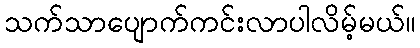
သက်သာပျောက်ကင်းလာပါလိမ့်မယ်။